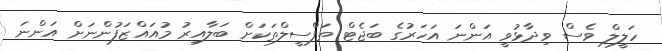
ހަލީލް ވެސް ވިދާޅުވީ އަންނަ އަހަރުގެ ބަޖެޓް ތަފްސީލްތަކަށް ބަލާއިރު މުއައްޒަފުންނަށް އަންނަ